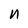
Character: n